Report of the Indian Hemp Drugs Commission, 1894-1895 - Volume I
Year: 1894
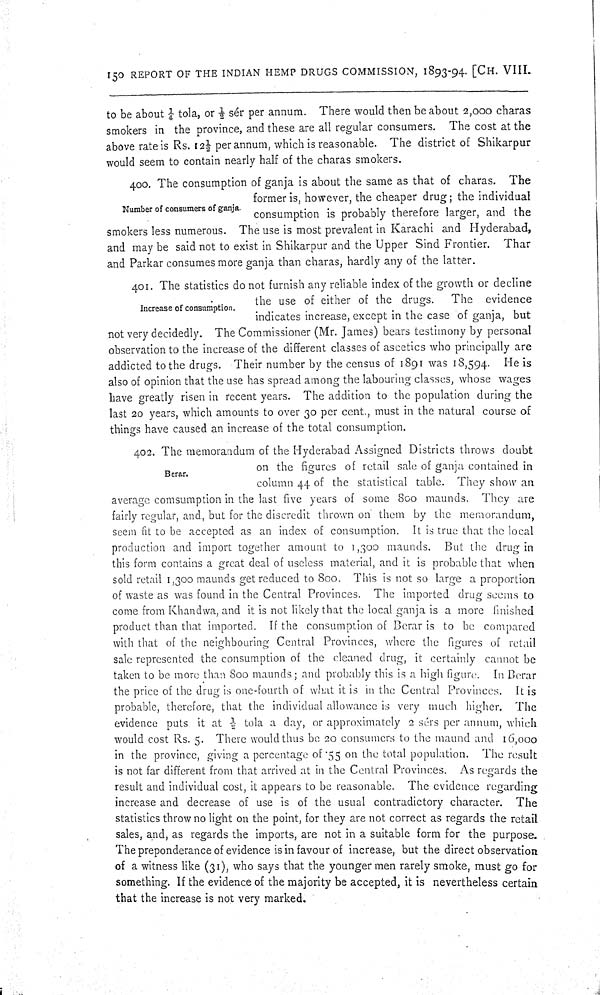
150 REPORT OF THE INDIAN HEMP DRUGS COMMISSION, 1893-94. [CH. VIII.
to be about 1/4 tola, or 1/2 sér per annum. There would then be about 2,000 charas
smokers in the province, and these are all regular consumers. The cost at the
above rate is Rs. 121/2 per annum, which is reasonable. The district of Shikarpur
would seem to contain nearly half of the charas smokers.
Number of consumers of ganja.
400. The consumption of ganja is about the same as that of charas. The
former is, however, the cheaper drug; the individual
consumption is probably therefore larger, and the
smokers less numerous. The use is most prevalent in Karachi and Hyderabad,
and may be said not to exist in Shikarpur and the Upper Sind Frontier. Thar
and Parkar consumes more ganja than charas, hardly any of the latter.
Increase of consumption.
401. The statistics do not furnish any reliable index of the growth or decline
the use of either of the drugs.
The evidence
indicates increase, except in the case of ganja, but
not very decidedly. The Commissioner (Mr. James) bears testimony by personal
observation to the increase of the different classes of ascetics who principally are
addicted to the drugs. Their number by the census of 1891 was 18,594. He is
also of opinion that the use has spread among the labouring classes, whose wages
have greatly risen in recent years. The addition to the population during the
last 20 years, which amounts to over 30 per cent., must in the natural course of
things have caused an increase of the total consumption.
Berar.
402. The memorandum of the Hyderabad Assigned Districts throws doubt
on the figures of retail sale of ganja contained in
column 44 of the statistical table. They show an
average comsumption in the last five years of some 800 maunds. They are
fairly regular, and, but for the discredit thrown on them by the memorandum,
seem fit to be accepted as an index of consumption. It is true that the local
production and import together amount to 1,300 maunds. But the drug in
this form contains a great deal of useless material, and it is probable that when
sold retail 1,300 maunds get reduced to 800. This is not so large a proportion
of waste as was found in the Central Provinces. The imported drug seems to
come from Khandwa, and it is not likely that the local ganja is a more finished
product than that imported. If the consumption of Berar is to be compared
with that of the neighbouring Central Provinces, where the figures of retail
sale represented the consumption of the cleaned drug, it certainly cannot be
taken to be more than 800 maunds; and probably this is a high figure. In Berar
the price of the drug is one-fourth of what it is in the Central Provinces. It is
probable, therefore, that the individual allowance is very much higher. The
evidence puts it at 1/2 tola a day, or approximately 2 sérs per annum, which
would cost Rs. 5. There would thus be 20 consumers to the maund and 16,000
in the province, giving a percentage of .55 on the total population. The result
is not far different from that arrived at in the Central Provinces. As regards the
result and individual cost, it appears to be reasonable. The evidence regarding
increase and decrease of use is of the usual contradictory character. The
statistics throw no light on the point, for they are not correct as regards the retail
sales, and, as regards the imports, are not in a suitable form for the purpose.
The preponderance of evidence is in favour of increase, but the direct observation
of a witness like (31), who says that the younger men rarely smoke, must go for
something. If the evidence of the majority be accepted, it is nevertheless certain
that the increase is not very marked.